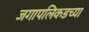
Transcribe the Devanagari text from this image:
जगापलिकडच्या